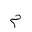
Letter: _mim